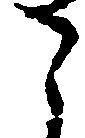
之